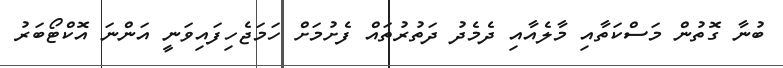
ބުނާ ގޮތުން މަސްކަތާއި މާލެއާއި ދެމެދު ދަތުރުތައް ފެށުމަށް ހަމަޖެހިފައިވަނީ އަންނަ އޮކްޓޯބަރު